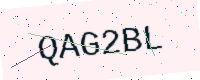
Text: QAG2BL